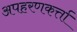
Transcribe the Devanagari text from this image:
अपहरणकर्त्ता